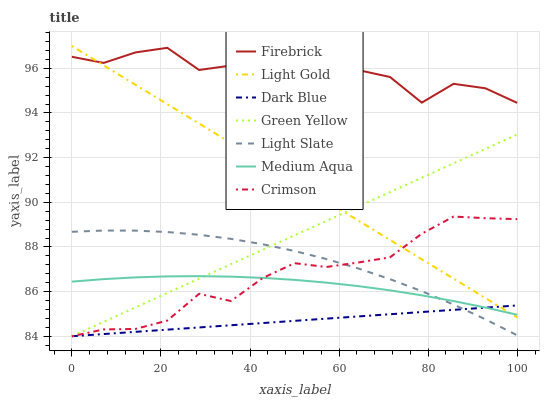
| xaxis_label | Firebrick | Light Gold | Dark Blue | Green Yellow | Light Slate | Medium Aqua | Crimson |
 | --- | --- | --- | --- | --- | --- | --- | --- |
 | 0 | 96.5 | 97 | 84 | 84 | 88.7 | 86.4 | 84 |
 | 7.14 | 96.2 | 96.1 | 84.1 | 84.6 | 88.7 | 86.6 | 84.3 |
 | 14.3 | 96.7 | 95.3 | 84.2 | 85.3 | 88.7 | 86.6 | 84.3 |
 | 21.4 | 96.9 | 94.4 | 84.3 | 85.9 | 88.7 | 86.7 | 84.7 |
 | 28.6 | 95.9 | 93.5 | 84.4 | 86.6 | 88.5 | 86.7 | 85.9 |
 | 35.7 | 96.1 | 92.7 | 84.5 | 87.2 | 88.4 | 86.7 | 85.6 |
 | 42.9 | 96.2 | 91.8 | 84.6 | 87.9 | 88.1 | 86.6 | 86.6 |
 | 50 | 95.4 | 90.9 | 84.7 | 88.5 | 87.8 | 86.5 | 87.3 |
 | 57.1 | 95 | 90.1 | 84.8 | 89.2 | 87.5 | 86.4 | 87.1 |
 | 64.3 | 95.9 | 89.2 | 84.9 | 89.8 | 87 | 86.2 | 87.3 |
 | 71.4 | 95.6 | 88.3 | 85 | 90.5 | 86.6 | 86.1 | 87.5 |
 | 78.6 | 94.5 | 87.4 | 85.1 | 91.1 | 86 | 85.8 | 88.6 |
 | 85.7 | 95.3 | 86.6 | 85.2 | 91.7 | 85.4 | 85.6 | 89.4 |
 | 92.9 | 95.1 | 85.7 | 85.3 | 92.4 | 84.8 | 85.3 | 89.3 |
 | 100 | 94.5 | 84.8 | 85.4 | 93 | 84 | 85 | 89.2 |